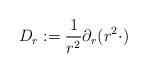
LaTeX: \begin{align*}D_r:=\frac{1}{r^2} \partial_r (r^2 \cdot)\end{align*}